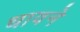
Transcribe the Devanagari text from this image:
धावने